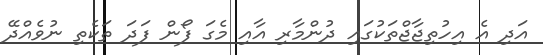
އަދި އެ އިހުތިޖާޖްތަކުގައި ދުންމާރި އާއި މެގަ ފޯން ފަދަ ތަކެތި ނުވެއްދޭ